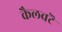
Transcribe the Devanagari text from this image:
कैलवटॆ